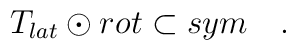
T_{lat}\odot rot\subset sym\quad .